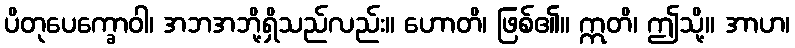
ပိတုပေက္ခောဝါ၊ အဘအဘို့ရှိသည်လည်း။ ဟောတိ၊ ဖြစ်၏။ ဣတိ၊ ဤသို့။ အာဟ၊